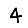
Digit: 4